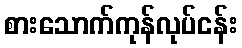
စားသောက်ကုန်လုပ်ငန်း